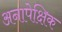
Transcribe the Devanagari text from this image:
अनापेक्षिक